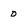
Character: 0